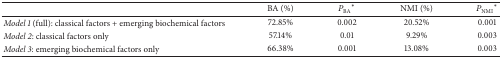
|  | BA (%) | PBA* | NMI (%) | PNMI* |
 | --- | --- | --- | --- | --- |
 | Model 1 (full): classical factors + emerging biochemical factors | 72.85% | 0.002 | 20.52% | 0.001 |
 | Model 2: classical factors only | 57.14% | 0.01 | 9.29% | 0.003 |
 | Model 3: emerging biochemical factors only | 66.38% | 0.001 | 13.08% | 0.003 |